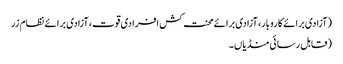
(آزادی برائے کاروبار، آزادی برائے محنت کش افرادی قوت، آزادی برائے نظام زر
(قابل رسائی منڈیاں۔